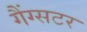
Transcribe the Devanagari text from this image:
गैंग्सटर